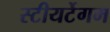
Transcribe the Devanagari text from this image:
स्टीयर्टेगम